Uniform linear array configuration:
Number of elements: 48
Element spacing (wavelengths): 0.5
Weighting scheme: uniform
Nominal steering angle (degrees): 15
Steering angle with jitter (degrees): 13.319
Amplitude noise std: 0.05
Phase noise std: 0.05

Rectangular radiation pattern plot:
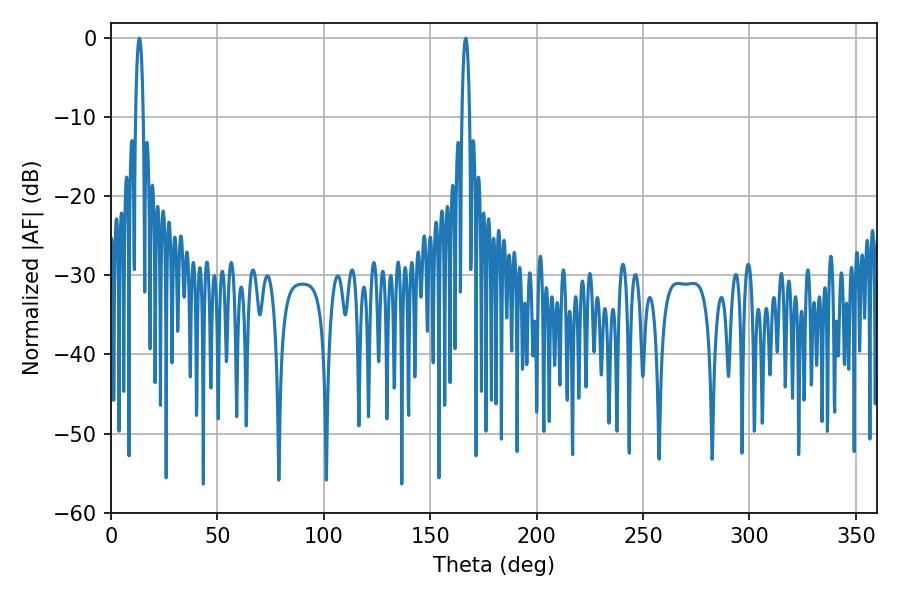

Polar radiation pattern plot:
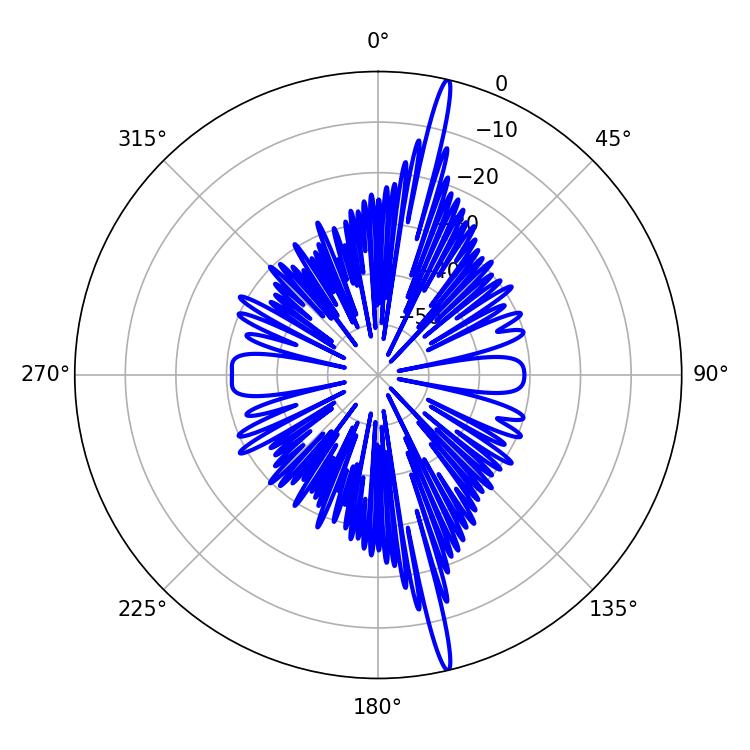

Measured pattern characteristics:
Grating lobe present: FALSE
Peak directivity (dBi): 20.076
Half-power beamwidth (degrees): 1.98
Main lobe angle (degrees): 13.32